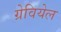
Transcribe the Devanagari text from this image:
ग्रेवियेल